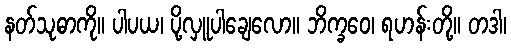
နတ်သုဓာကို။ ပါပယ၊ ပို့လှူပါချေလော။ ဘိက္ခဝေ၊ ရဟန်းတို့။ တဒါ၊